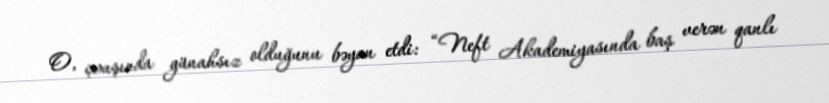
O, çıxışında günahsız olduğunu bəyan etdi: “Neft Akademiyasında baş verən qanlı